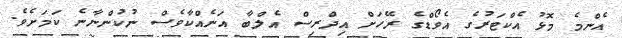
އެންމެ މޮޅު އެކްޓަރުގެ އެވޯޑްގެ ރޭހަށް އިދްރިސް އެލްބާ އަނެއްކާވެސް ނުކުންނާނެ ކަމަށެވެ.